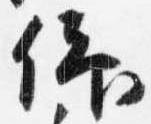
仰